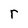
Character: r